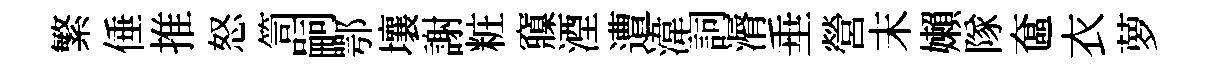
繁倕推怒笥嗣鄂壤謝粧䆿湮遭湋詞漘垂營末嬾隊奩衣萝